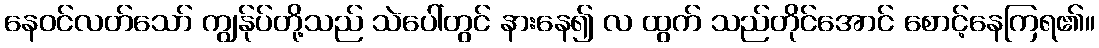
နေဝင်လတ်သော် ကျွန်ုပ်တို့သည် သဲပေါ်တွင် နားနေ၍ လ ထွက် သည်တိုင်အောင် စောင့်နေကြရ၏။